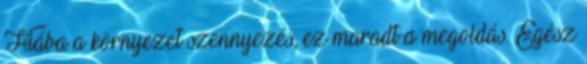
Hiába a környezet szennyezés, ez maradt a megoldás. Egész